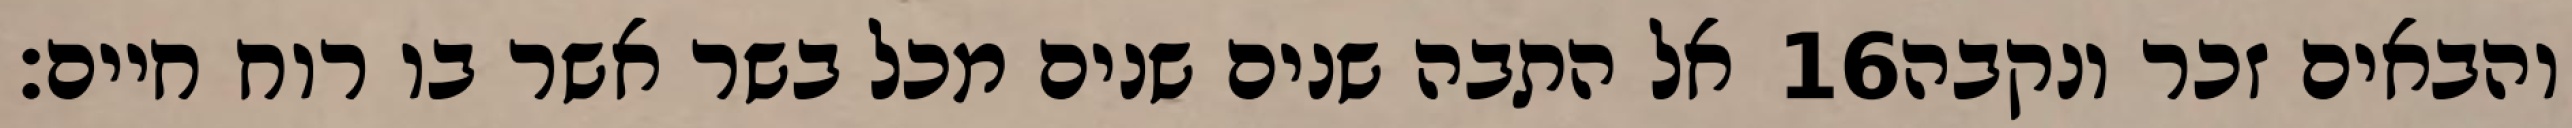
אל התבה שנים שנים מכל בשר אשר בו רוח חיים׃ ‎16‏ והבאים זכר ונקבה